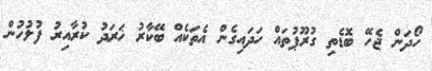
ހޯދަން ޖެހޭ ބޮޑެތި ގުރޫޕުތައް ހަދައިގެން އެތަކެއް ބޭކާރު ޚަރަދު ކުރާއިރު ފުލުހުން